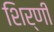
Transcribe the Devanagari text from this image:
शिर्णी